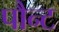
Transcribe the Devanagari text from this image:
पौन्ट